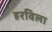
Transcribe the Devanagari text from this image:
हरविला